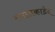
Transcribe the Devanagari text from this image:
स्मालकाडेन